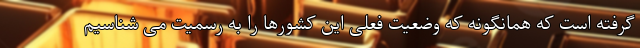
گرفته است که همانگونه که وضعیت فعلی این کشورها را به رسمیت می شناسیم